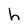
Character: h